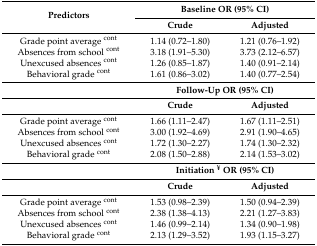
<table><thead><tr><td rowspan="2"><b>Predictors</b></td><td colspan="2"><b>Baseline OR (95% CI)</b></td></tr><tr><td><b>Crude</b></td><td><b>Adjusted</b></td></tr></thead><tbody><tr><td>Grade point average <sup>cont</sup></td><td>1.14 (0.72–1.80)</td><td>1.21 (0.76–1.92)</td></tr><tr><td>Absences from school <sup>cont</sup></td><td>3.18 (1.91–5.30)</td><td>3.73 (2.12–6.57)</td></tr><tr><td>Unexcused absences <sup>cont</sup></td><td>1.26 (0.85–1.87)</td><td>1.40 (0.91–2.14)</td></tr><tr><td>Behavioral grade <sup>cont</sup></td><td>1.61 (0.86–3.02)</td><td>1.40 (0.77–2.54)</td></tr><tr><td></td><td colspan="2"><b>Follow-Up OR (95% CI)</b></td></tr><tr><td></td><td><b>Crude</b></td><td><b>Adjusted</b></td></tr><tr><td>Grade point average <sup>cont</sup></td><td>1.66 (1.11–2.47)</td><td>1.67 (1.11–2.51)</td></tr><tr><td>Absences from school <sup>cont</sup></td><td>3.00 (1.92–4.69)</td><td>2.91 (1.90–4.65)</td></tr><tr><td>Unexcused absences <sup>cont</sup></td><td>1.72 (1.30–2.27)</td><td>1.74 (1.30–2.32)</td></tr><tr><td>Behavioral grade <sup>cont</sup></td><td>2.08 (1.50–2.88)</td><td>2.14 (1.53–3.02)</td></tr><tr><td></td><td colspan="2"><b>Initiation <sup>¥</sup> OR (95% CI)</b></td></tr><tr><td></td><td><b>Crude</b></td><td><b>Adjusted</b></td></tr><tr><td>Grade point average <sup>cont</sup></td><td>1.53 (0.98–2.39)</td><td>1.50 (0.94–2.39)</td></tr><tr><td>Absences from school <sup>cont</sup></td><td>2.38 (1.38–4.13)</td><td>2.21 (1.27–3.83)</td></tr><tr><td>Unexcused absences <sup>cont</sup></td><td>1.46 (0.99–2.14)</td><td>1.34 (0.90–1.98)</td></tr><tr><td>Behavioral grade <sup>cont</sup></td><td>2.13 (1.29–3.52)</td><td>1.93 (1.15–3.27)</td></tr></tbody></table>